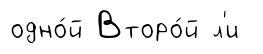
одно́й Второ́й л'и